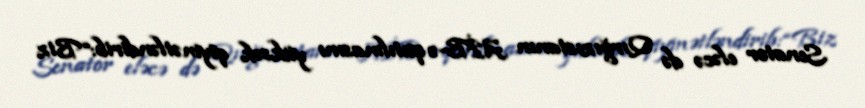
Senator eləcə də Qırğızıstanın AİB-ə qatılmasını yüksək qiymətləndirib:“Biz